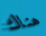
هناك